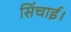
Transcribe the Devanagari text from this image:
सिंचाई।